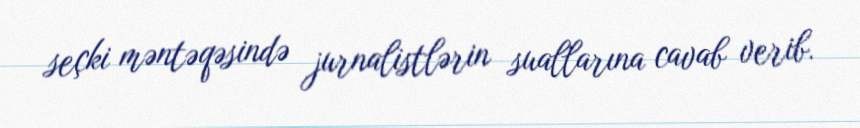
seçki məntəqəsində jurnalistlərin suallarına cavab verib.